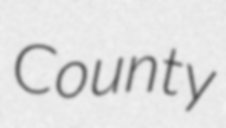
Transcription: County